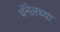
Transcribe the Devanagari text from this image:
चॅनेलच्या